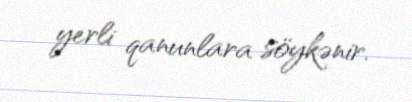
yerli qanunlara söykənir.